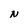
Character: N